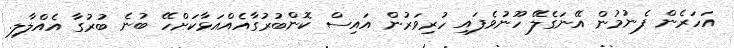
އަހަރެން ފެނުމުން އޭނަގެލޭ ހޫނުވެފައި ހުރިވަރުން އައިސް ކޮންބުރުގާއެއްއަޅާކަށްހޭ ބުނެ ބުރުގާ އެއްލާލި.